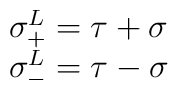
\begin{array}{ll}\sigma_+^L = \tau + \sigma\\\sigma_-^L = \tau - \sigma\end{array}